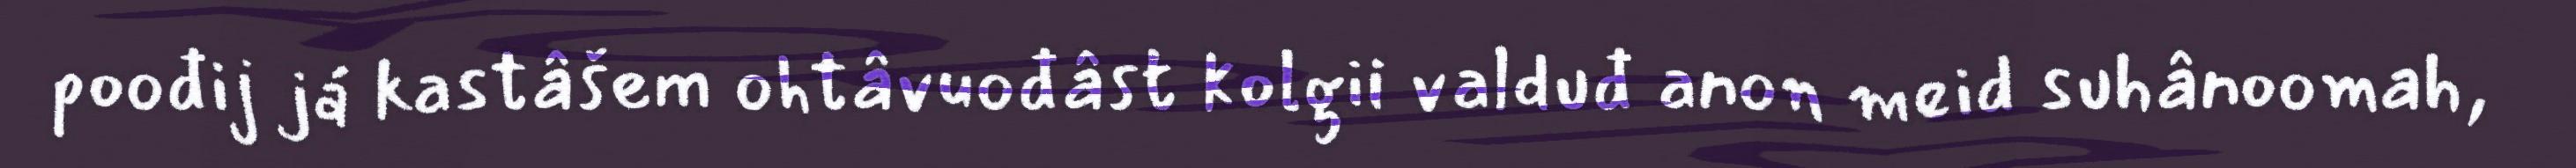
poođij já kastâšem ohtâvuođâst kolgii valduđ anon meid suhânoomah,